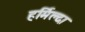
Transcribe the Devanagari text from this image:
हर्मिल्दा